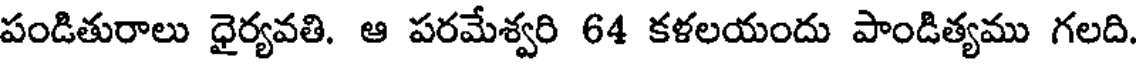
పండితురాలు ధైర్యవతి. ఆ పరమేశ్వరి 64 కళలయందు పాండిత్యము గలది